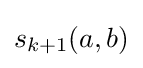
s_{k+1}(a,b)